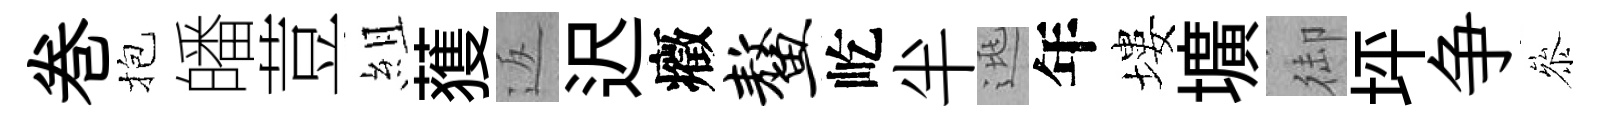
巻抱皤荳組𫉬返迟癥鳌屹半逃年塿壙御坪争叅